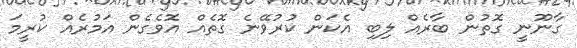
ގާނޫނީ ގޮތުން ބާރެއް ލިބި އެކަން ކުރުވޭނެ ގޮތެއް އޮވެގެން އަމުރެއް ކުރީމަ